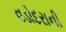
વડોદરાની